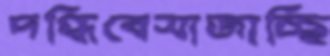
দগ্ধিবেসাজাচ্ছি